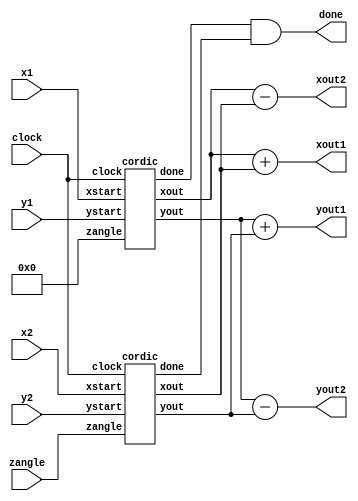
module butterfly(
	input clock,
	input signed [15:0] x1,
	input signed [15:0] y1,
	input signed [15:0] x2,
	input signed [15:0] y2,
	input signed [31:0] zangle,
	output signed [15:0] xout1,
	output signed [15:0] yout1,
	output signed [15:0] xout2,
	output signed [15:0] yout2,
	output done
   );

wire signed [15:0] xtemp1,xtemp2,ytemp1,ytemp2;
wire done1,done2;

cordic c1(clock,x1,y1,0,xtemp1,ytemp1,done1);
cordic c2(clock,x2,y2,zangle,xtemp2,ytemp2,done2);

assign done = done1&done2;

assign xout1 = xtemp1+xtemp2;
assign yout1 = ytemp1+ytemp2;

assign xout2 = xtemp1-xtemp2;
assign yout2 = ytemp1-ytemp2;

endmodule




module cordic(
    input clock,
    input signed [15:0] xstart,
    input signed [15:0] ystart,
    input signed [31:0] zangle,
    output signed [15:0] xout,
    output signed [15:0] yout,
    output reg done
    );

reg znext;

wire signed [31:0] atan_table[0:15];


assign atan_table[00] = 'b00100000000000000000000000000000; // 45.000 degrees -> atan(2^0)
assign atan_table[01] = 'b00010010111001000000010100011101; // 26.565 degrees -> atan(2^-1)
assign atan_table[02] = 'b00001001111110110011100001011011; // 14.036 degrees -> atan(2^-2)
assign atan_table[03] = 'b00000101000100010001000111010100; // atan(2^-3)
assign atan_table[04] = 'b00000010100010110000110101000011;
assign atan_table[05] = 'b00000001010001011101011111100001;
assign atan_table[06] = 'b00000000101000101111011000011110;
assign atan_table[07] = 'b00000000010100010111110001010101;
assign atan_table[08] = 'b00000000001010001011111001010011;
assign atan_table[09] = 'b00000000000101000101111100101110;
assign atan_table[10] = 'b00000000000010100010111110011000;
assign atan_table[11] = 'b00000000000001010001011111001100;
assign atan_table[12] = 'b00000000000000101000101111100110;
assign atan_table[13] = 'b00000000000000010100010111110011;
assign atan_table[14] = 'b00000000000000001010001011111001;
assign atan_table[15] = 'b00000000000000000101000101111100;

parameter width = 16;

reg signed [15:0] xcomp_start,ycomp_start;
reg [3:0] out = 4'b0000;


wire [1:0] quad;
assign quad = zangle[31:30];

reg signed [width:0] x [0:width-1];
reg signed [width:0] y [0:width-1];
reg signed [31:0] z [0:width-1]; // col z[rows]


always @(posedge clock)
begin

xcomp_start = (xstart>>>1)+(xstart>>>4)+(xstart>>>5);
ycomp_start = (ystart>>>1)+(ystart>>>4)+(ystart>>>5);

case(quad)
	2'b00,2'b11:
		begin		// -90 to 90
		x[0] <= xcomp_start;
		y[0] <= ycomp_start;
		z[0] <= zangle;
		end
	2'b01:				//subtract 90	(second quadrant)
		begin
		x[0] <= -ycomp_start;
		y[0] <= xcomp_start;
		z[0] <= {2'b00,zangle[29:0]};
		end
	2'b10:				// add 90 (third quadrant)
		begin
		x[0] <= ycomp_start;			
		y[0] <= -xcomp_start;
		z[0] <= {2'b11,zangle[29:0]};
		end
		
endcase
end


genvar i;
generate
for (i=0;i<15;i=i+1)
begin: iterations

	wire signed [width:0] xshift, yshift;

	assign xshift = x[i] >>> i; // signed shift right
	assign yshift = y[i] >>> i;

	always @(posedge clock)
		begin
		x[i+1] <= z[i][31] ? x[i]+ yshift:x[i]-yshift;
		y[i+1] <= z[i][31] ? y[i]-xshift:y[i]+xshift;
		z[i+1] <= z[i][31] ? z[i]+atan_table[i]:z[i]-atan_table[i];
        out <= out+1;
        if (out == 4'b1111)
        done = 'b1;
        else
        done = 'b0;

	end


end
endgenerate



assign xout = x[width-1];
assign yout = y[width-1];

endmodule



module main_cordic_fft(xin1,xin2,xin3,xin4,xin5,xin6,xin7,xin8,xin9,xin10,xin11,xin12,xin13,xin14,xin15,xin16,
								yin1,yin2,yin3,yin4,yin5,yin6,yin7,yin8,yin9,yin10,yin11,yin12,yin13,yin14,yin15,yin16,xout,yout,clock);

	input signed [15:0] xin1;
	input signed [15:0] xin2;
	input signed [15:0] xin3;
	input signed [15:0] xin4;
	input signed [15:0] xin5;
	input signed [15:0] xin6;
	input signed [15:0] xin7;
	input signed [15:0] xin8;
	input signed [15:0] xin9;
	input signed [15:0] xin10;
	input signed [15:0] xin11;
	input signed [15:0] xin12;
	input signed [15:0] xin13;
	input signed [15:0] xin14;
	input signed [15:0] xin15;
	input signed [15:0] xin16;
	
	input signed [15:0] yin1;
	input signed [15:0] yin2;
	input signed [15:0] yin3;
	input signed [15:0] yin4;
	input signed [15:0] yin5;
	input signed [15:0] yin6;
	input signed [15:0] yin7;
	input signed [15:0] yin8;
	input signed [15:0] yin9;
	input signed [15:0] yin10;
	input signed [15:0] yin11;
	input signed [15:0] yin12;
	input signed [15:0] yin13;
	input signed [15:0] yin14;
	input signed [15:0] yin15;
	input signed [15:0] yin16;
	
//input signed [255:0] xin;		//flattened version of [15:0] xin[0:15]
//input signed [255:0] yin;
output signed [255:0] xout;
output signed [255:0] yout;

input clock;

genvar i;

wire signed [31:0] angle_lut [0:7];

assign angle_lut[0] = 'b00000000000000000000000000000000;
assign angle_lut[1] = 'b11110000000000000000000000000000;
assign angle_lut[2] = 'b11100000000000000000000000000000;
assign angle_lut[3] = 'b11010000000000000000000000000000;
assign angle_lut[4] = 'b11000000000000000000000000000000;
assign angle_lut[5] = 'b10110000000000000000000000000000;
assign angle_lut[6] = 'b10100000000000000000000000000000;
assign angle_lut[7] = 'b10010000000000000000000000000000;

wire signed[15:0] xtemp_in[0:15];
wire signed[15:0] ytemp_in[0:15];

wire signed[15:0] xtemp_out[0:15];
wire signed[15:0] ytemp_out[0:15];

assign {xtemp_in[0],xtemp_in[1],xtemp_in[2],xtemp_in[3],xtemp_in[4],xtemp_in[5],xtemp_in[6],xtemp_in[7],xtemp_in[8],xtemp_in[9],xtemp_in[10],xtemp_in[11],xtemp_in[12],xtemp_in[13],xtemp_in[14],xtemp_in[15]} = {xin1,xin2,xin3,xin4,xin5,xin6,xin7,xin8,xin9,xin10,xin11,xin12,xin13,xin14,xin15,xin16};
assign {ytemp_in[0],ytemp_in[1],ytemp_in[2],ytemp_in[3],ytemp_in[4],ytemp_in[5],ytemp_in[6],ytemp_in[7],ytemp_in[8],ytemp_in[9],ytemp_in[10],ytemp_in[11],ytemp_in[12],ytemp_in[13],ytemp_in[14],ytemp_in[15]} = {yin1,yin2,yin3,yin4,yin5,yin6,yin7,yin8,yin9,yin10,yin11,yin12,yin13,yin14,yin15,yin16};

wire signed[15:0] xtemp1[0:15];
wire signed[15:0] ytemp1[0:15];

wire signed[15:0] xtemp2[0:15];
wire signed[15:0] ytemp2[0:15];

wire signed[15:0] xtemp3[0:15];
wire signed[15:0] ytemp3[0:15];

wire done1[3:0];

generate
for (i=0;i<8;i=i+1)
begin: butterflies1
	butterfly b1(.clock(clock),.x1(xtemp_in[i]),.y1(ytemp_in[i]),.x2(xtemp_in[i+8]),.y2(ytemp_in[i+8]),.zangle(angle_lut[i]),.xout1(xtemp1[i]),.yout1(ytemp1[i]),.xout2(xtemp1[i+8]),.yout2(ytemp1[i+8]));
end
endgenerate



generate
for (i=0;i<4;i=i+1)
begin: butterflies2
	butterfly b2(.clock(clock),.x1(xtemp1[i]),.y1(ytemp1[i]),.x2(xtemp1[i+4]),.y2(ytemp1[i+4]),.zangle(angle_lut[2*i]),.xout1(xtemp2[i]),.yout1(ytemp2[i]),.xout2(xtemp2[i+4]),.yout2(ytemp2[i+4]));
	butterfly b3(.clock(clock),.x1(xtemp1[i+8]),.y1(ytemp1[i+8]),.x2(xtemp1[i+12]),.y2(ytemp1[i+12]),.zangle(angle_lut[2*i]),.xout1(xtemp2[i+8]),.yout1(ytemp2[i+8]),.xout2(xtemp2[i+12]),.yout2(ytemp2[i+12]));
end
endgenerate


generate
for (i=0;i<2;i=i+1)
begin: butterflies3
	butterfly b4(.clock(clock),.x1(xtemp2[i]),.y1(ytemp2[i]),.x2(xtemp2[i+2]),.y2(ytemp2[i+2]),.zangle(angle_lut[4*i]),.xout1(xtemp3[i]),.yout1(ytemp3[i]),.xout2(xtemp3[i+2]),.yout2(ytemp3[i+2]));
	butterfly b5(.clock(clock),.x1(xtemp2[i+4]),.y1(ytemp2[i+4]),.x2(xtemp2[i+6]),.y2(ytemp2[i+6]),.zangle(angle_lut[4*i]),.xout1(xtemp3[i+4]),.yout1(ytemp3[i+4]),.xout2(xtemp3[i+6]),.yout2(ytemp3[i+6]));
	butterfly b6(.clock(clock),.x1(xtemp2[i+8]),.y1(ytemp2[i+8]),.x2(xtemp2[i+10]),.y2(ytemp2[i+10]),.zangle(angle_lut[4*i]),.xout1(xtemp3[i+8]),.yout1(ytemp3[i+8]),.xout2(xtemp3[i+10]),.yout2(ytemp3[i+10]));
	butterfly b7(.clock(clock),.x1(xtemp2[i+12]),.y1(ytemp2[i+12]),.x2(xtemp2[i+14]),.y2(ytemp2[i+14]),.zangle(angle_lut[4*i]),.xout1(xtemp3[i+12]),.yout1(ytemp3[i+12]),.xout2(xtemp3[i+14]),.yout2(ytemp3[i+14]));
end
endgenerate

butterfly b8(.clock(clock),.x1(xtemp3[0]),.y1(ytemp3[0]),.x2(xtemp3[1]),.y2(ytemp3[1]),.zangle(angle_lut[0]),.xout1(xtemp_out[0]),.yout1(ytemp_out[0]),.xout2(xtemp_out[8]),.yout2(ytemp_out[8]));
butterfly b9(.clock(clock),.x1(xtemp3[2]),.y1(ytemp3[2]),.x2(xtemp3[3]),.y2(ytemp3[3]),.zangle(angle_lut[0]),.xout1(xtemp_out[4]),.yout1(ytemp_out[4]),.xout2(xtemp_out[12]),.yout2(ytemp_out[12]));
butterfly b10(.clock(clock),.x1(xtemp3[4]),.y1(ytemp3[4]),.x2(xtemp3[5]),.y2(ytemp3[5]),.zangle(angle_lut[0]),.xout1(xtemp_out[2]),.yout1(ytemp_out[2]),.xout2(xtemp_out[10]),.yout2(ytemp_out[10]));
butterfly b11(.clock(clock),.x1(xtemp3[6]),.y1(ytemp3[6]),.x2(xtemp3[7]),.y2(ytemp3[7]),.zangle(angle_lut[0]),.xout1(xtemp_out[6]),.yout1(ytemp_out[6]),.xout2(xtemp_out[14]),.yout2(ytemp_out[14]));

butterfly b12(.clock(clock),.x1(xtemp3[8]),.y1(ytemp3[8]),.x2(xtemp3[9]),.y2(ytemp3[9]),.zangle(angle_lut[0]),.xout1(xtemp_out[1]),.yout1(ytemp_out[1]),.xout2(xtemp_out[9]),.yout2(ytemp_out[9]));
butterfly b13(.clock(clock),.x1(xtemp3[10]),.y1(ytemp3[10]),.x2(xtemp3[11]),.y2(ytemp3[11]),.zangle(angle_lut[0]),.xout1(xtemp_out[5]),.yout1(ytemp_out[5]),.xout2(xtemp_out[13]),.yout2(ytemp_out[13]));
butterfly b14(.clock(clock),.x1(xtemp3[12]),.y1(ytemp3[12]),.x2(xtemp3[13]),.y2(ytemp3[13]),.zangle(angle_lut[0]),.xout1(xtemp_out[3]),.yout1(ytemp_out[3]),.xout2(xtemp_out[11]),.yout2(ytemp_out[11]));
butterfly b15(.clock(clock),.x1(xtemp3[14]),.y1(ytemp3[14]),.x2(xtemp3[15]),.y2(ytemp3[15]),.zangle(angle_lut[0]),.xout1(xtemp_out[7]),.yout1(ytemp_out[7]),.xout2(xtemp_out[15]),.yout2(ytemp_out[15]));

assign xout = {xtemp_out[15],xtemp_out[14],xtemp_out[13],xtemp_out[12],xtemp_out[11],xtemp_out[10],xtemp_out[9],xtemp_out[8],xtemp_out[7],xtemp_out[6],xtemp_out[5],xtemp_out[4],xtemp_out[3],xtemp_out[2],xtemp_out[1],xtemp_out[0]};
assign yout = {ytemp_out[15],ytemp_out[14],ytemp_out[13],ytemp_out[12],ytemp_out[11],ytemp_out[10],ytemp_out[9],ytemp_out[8],ytemp_out[7],ytemp_out[6],ytemp_out[5],ytemp_out[4],ytemp_out[3],ytemp_out[2],ytemp_out[1],ytemp_out[0]};

endmodule